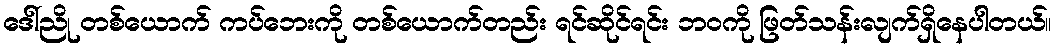
ဒေါ်ညို တစ်ယောက် ကပ်ဘေးကို တစ်ယောက်တည်း ရင်ဆိုင်ရင်း ဘဝကို ဖြတ်သန်းလျက်ရှိနေပါတယ်။